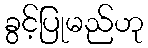
ခွင့်ပြုမည်ဟု